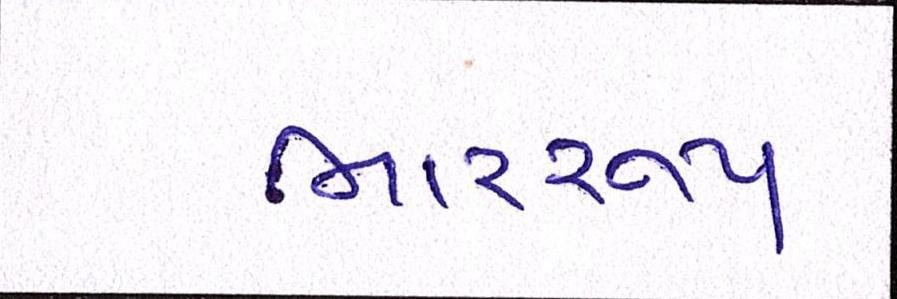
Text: ભારરૂપ